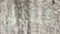
كيندي